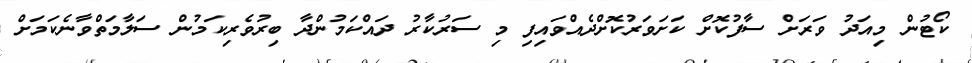
ކޯޓުން މިއަދު ވަރަށް ސާފުކޮށް ކަށަވަރުކޮށްދެއްވައިފި މި ސަރުކާރު ދައްކަމުންދާ ބިރުވެރިކަމުން ސަލާމަތްވާނެކަމަށް